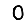
Digit: 0